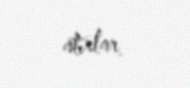
atırlar.